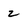
Character: z